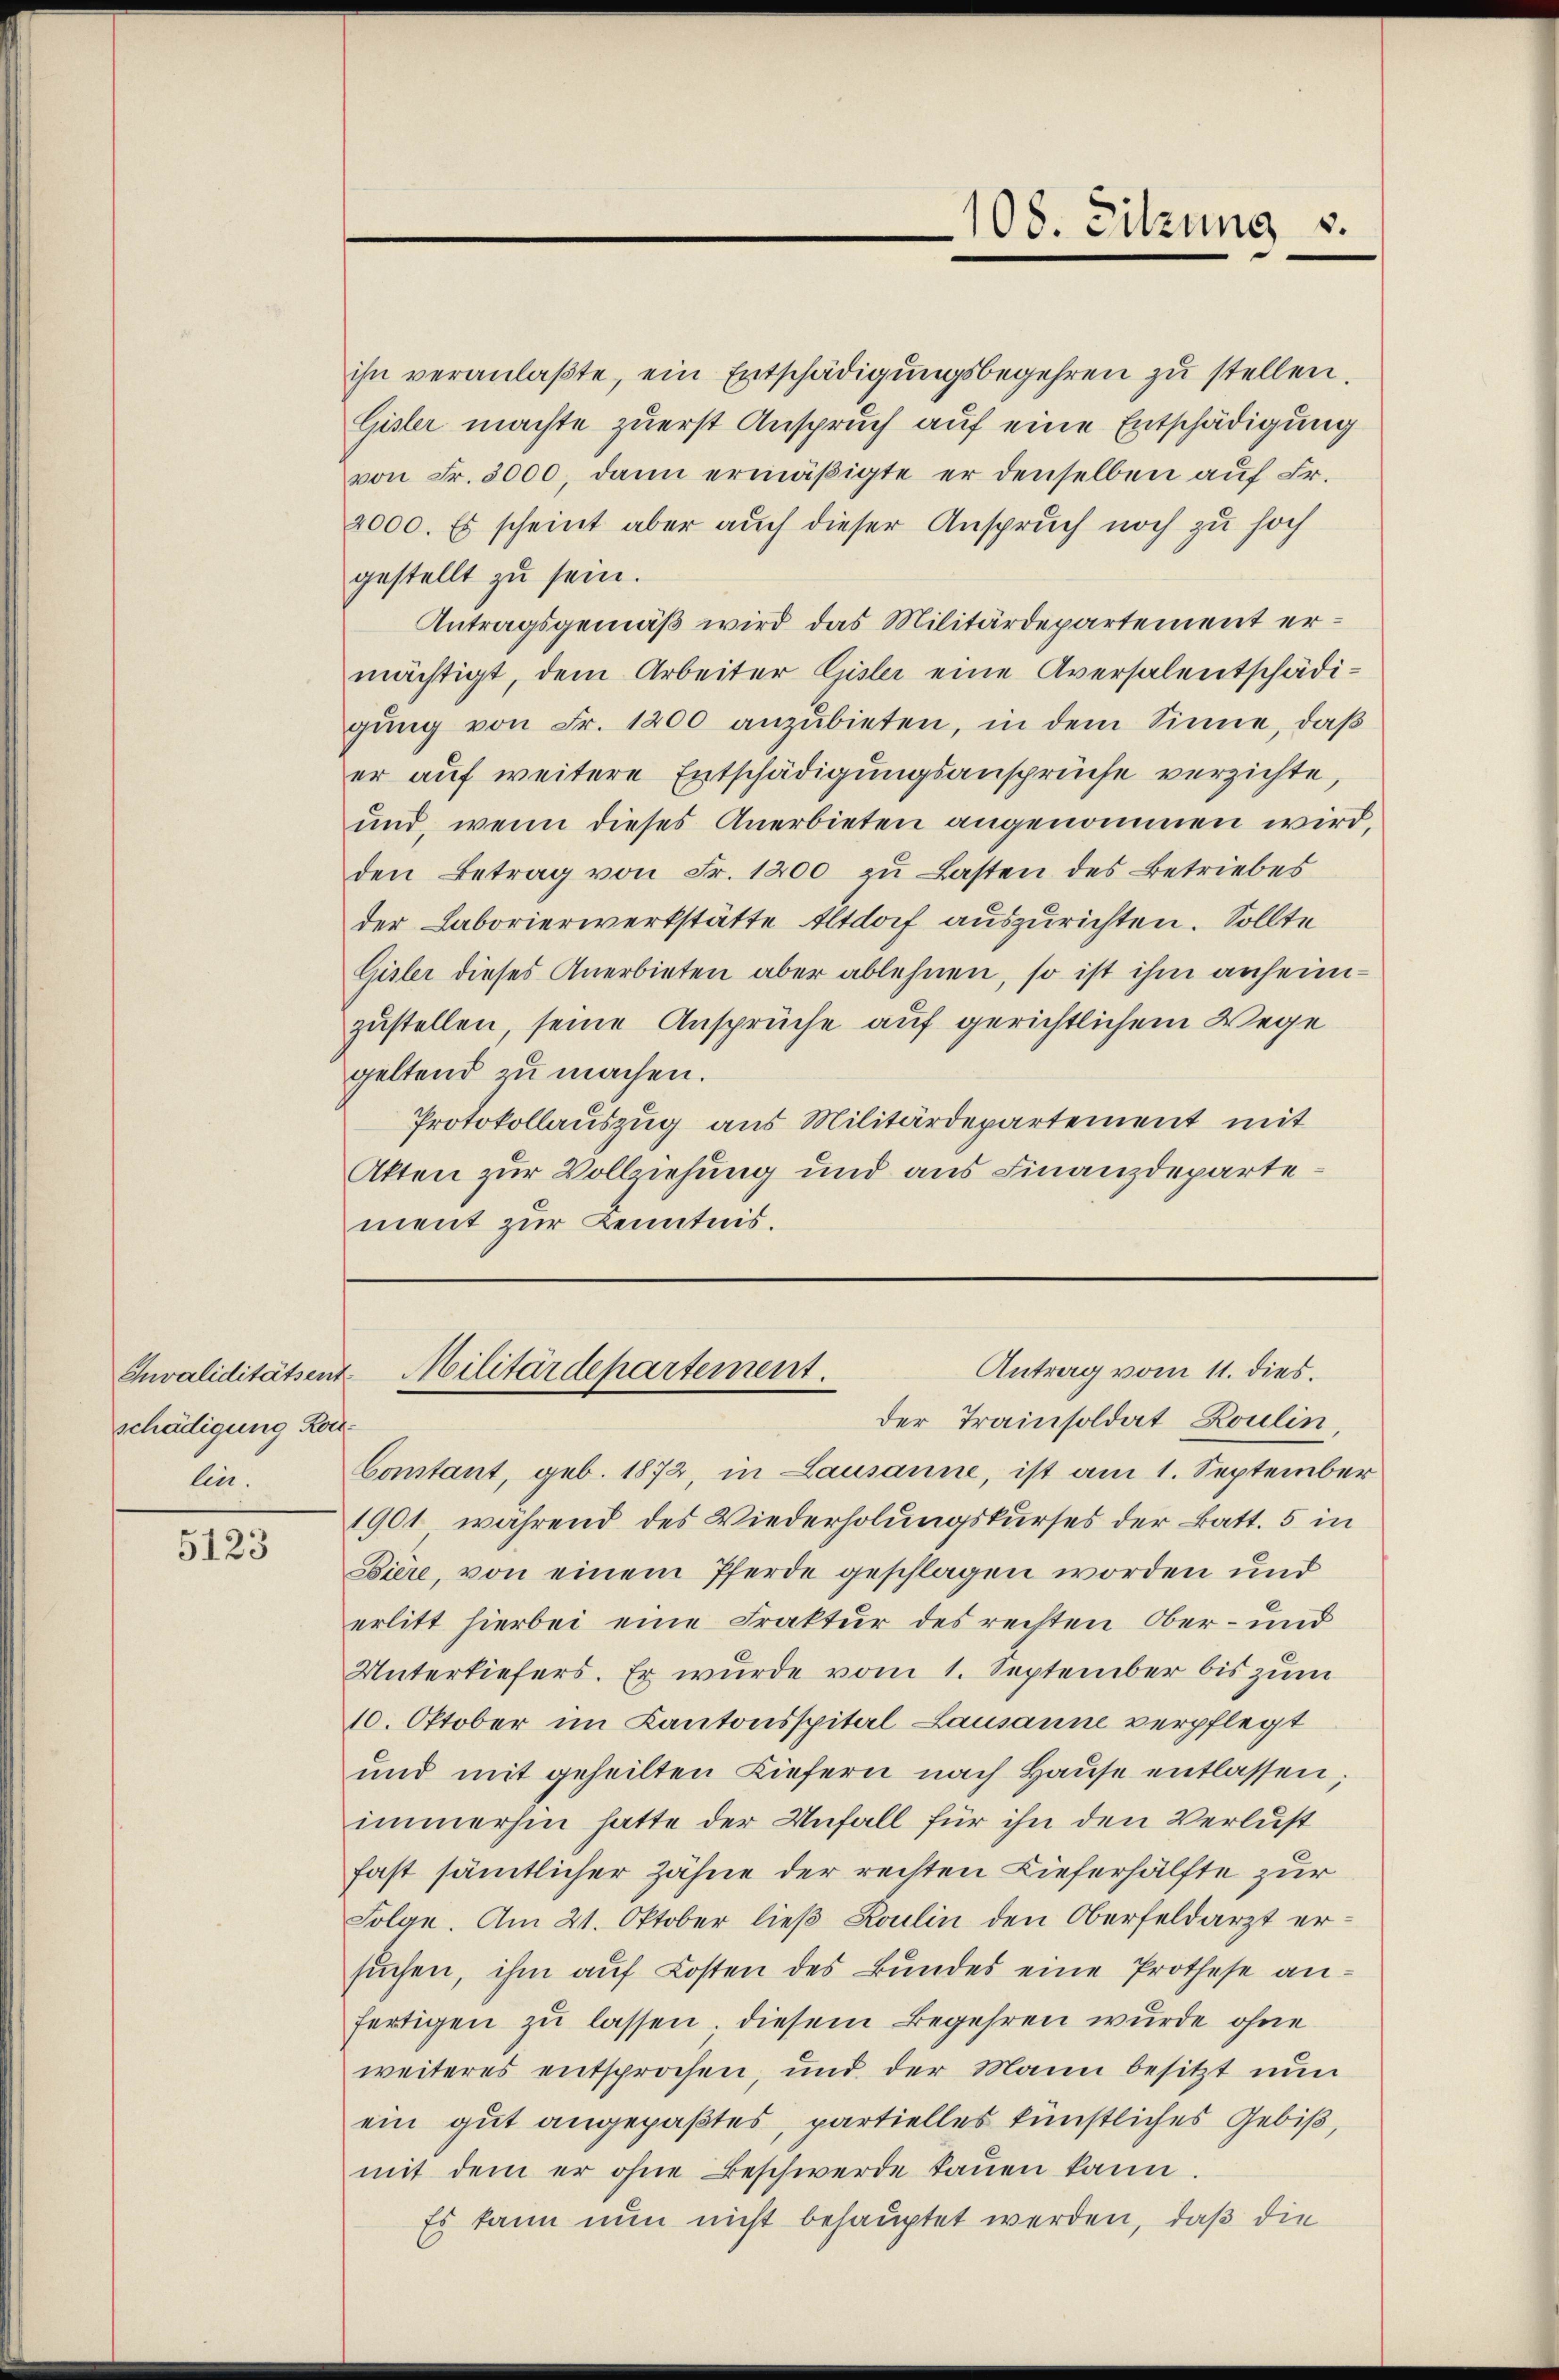
schädigung Konlin.

5123

ihn veranlaβte, ein Entschädigŭngsbegehren zu stellen.
Gisler machte zuerst Anspruch auf eine Entschädigung
von Fr. 3000, dann ermäßigte er denselben auf Fr.
2000. Es scheint aber auch dieser Anspruch noch zu hoch
gestellt zu sein.
Antragsgemäß wird das Militärdepartement ermächtigt, dem Arbeiter Gisler eine Aversalentschädigŭng von Fr. 1200 anzŭbieten, in dem Sinne, daß
er auf weitere Entschädigungsansprüche verzichte
und, wenn dieses Anerbieten angenommen wird,
den Betrag von Fr. 1200 zu Lasten des Betriebes
der Laborierwerkstätte Altdorf auszurichten. Sollte
Gisler dieses Anerbieten aber ablehnen, so ist ihm anheimzustellen, seine Ansprüche auf gerichtlichem Wege
geltend zu machen.
Protokollauszug aus Militärdepartement mit
Akten zur Vollziehung und aus Finanzdepartement zur Kenntnis.

der Trainsoldat Roulin,
Constant, geb. 1872, in Lausanne, ist am 1. September
1901, während des Wiederholungskurses der Batt. 5 in
Biere, von einem Pferde geschlagen worden und
erlitt hierbei eine Fraktur des rechten Ober- und
Unterkiefers. Er wurde vom 1. September bis zum
10. Oktober im Kantonsspital Lausanne verpflegt
und mit geheilten Liefern nach Haŭse entlassen;
immerhin hatte der Unfall für ihn den Verlust
fast sämtlicher Zähne der rechten Lieferhälfte zur
Folge. Am 21. Oktober ließ Koulin den Oberfeldarzt er-
sŭchen, ihm auf Kosten des Bundes eine Prothese anfertigen zŭ lassen; diesem Begehren wurde ohne
weiteres entsprochen, und der Mann besitzt nun
ein gut angepaßtes, partielles künstliches Gebiß,
mit dem er ohne Beschwerde kaŭen kann.
Es kann nun nicht behauptet werden, daß die

108. Sitzung u.

Antrag vom 11. dies.
Invaliditätsent Militärdepartement.